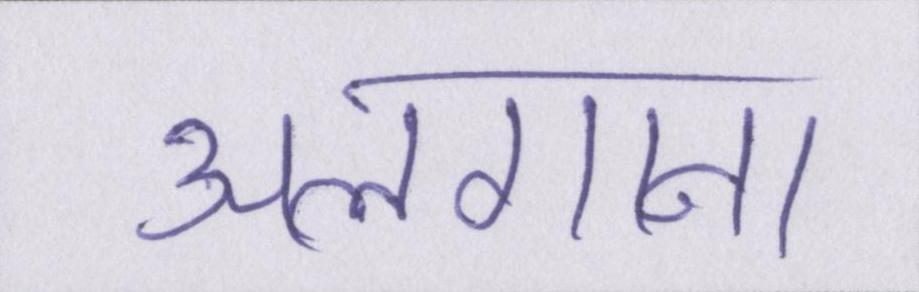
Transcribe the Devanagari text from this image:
अलगाना